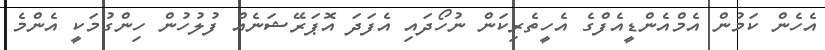
އެހެން ކަމުން އެމްއެންޑީއެފްގެ އެހީތެރިކަން ނުހޯދައި އެފަދަ އޮޕަރޭޝަނެއް ފުލުހުން ހިންގުމަކީ އެންމެ